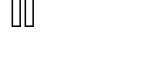
٢٠